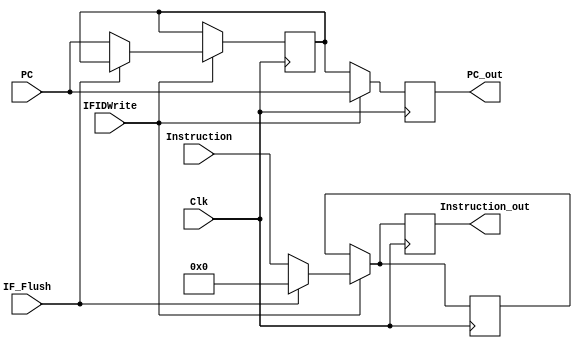
`timescale 1ns / 1ps
//////////////////////////////////////////////////////////////////////////////////
// Engineers: James Fulton, Raphael Lepercq, & Wilson Liao 
//////////////////////////////////////////////////////////////////////////////////

module IFID(IFIDWrite, IF_Flush, PC, PC_out, Instruction, Instruction_out, Clk);
    input Clk, IFIDWrite, IF_Flush;
    input [31:0] PC, Instruction;
    output reg [31:0] PC_out, Instruction_out;
    
    reg [31:0] PC_prev, I_prev;
    
    always @(posedge Clk) begin
        if(IFIDWrite == 0) begin
            PC_out = PC_prev;
            Instruction_out = I_prev;
        end
        else if (IF_Flush == 1) begin
            Instruction_out = 32'b0;
            I_prev = 32'b0;
            PC_out = PC; 
        end
        else begin
            PC_prev = PC;
            I_prev = Instruction;
            
            PC_out = PC;
            Instruction_out = Instruction;
        end
    end

endmodule